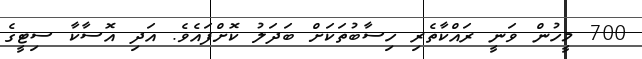
700 މީހުން ވަނީ ރައްކާތެރި ހިސާބުތަކަށް ބަދަލު ކޮށްފައެވެ. އަދި އޮސާކާ ސިޓީގެ